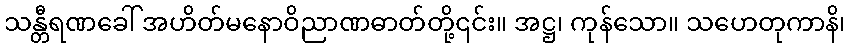
သန္တီရဏခေါ် အဟိတ်မနောဝိညာဏဓာတ်တို့၎င်း။ အဋ္ဌ၊ ကုန်သော။ သဟေတုကာနိ၊